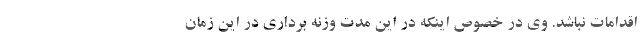
اقدامات نباشد. وی در خصوص اینکه در این مدت وزنه برداری در این زمان